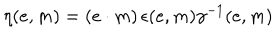
\eta ( e , m ) = ( e \cdot m ) \, \epsilon ( e , m ) \gamma ^ { - 1 } ( e , m )